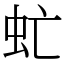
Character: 虻